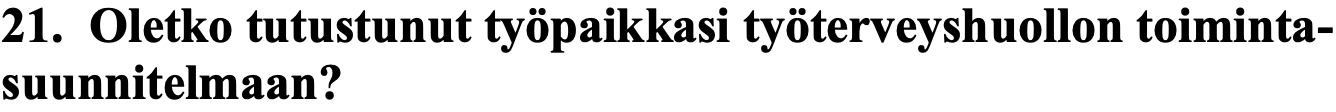
21. Oletko tutustunut työpaikkasi työterveyshuollon toiminta- suunnitelmaan?